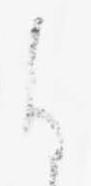
ひ